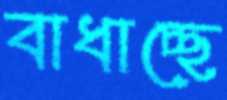
বাধাচ্ছে